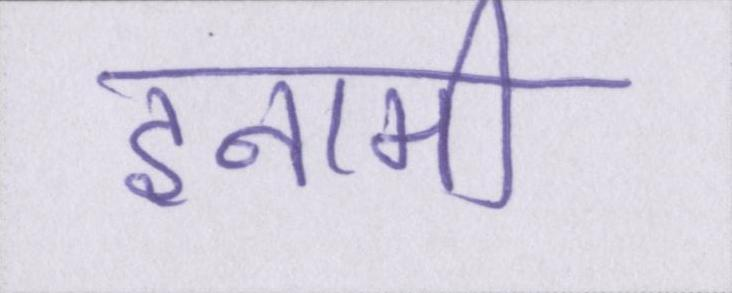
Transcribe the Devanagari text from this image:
इनामी